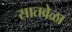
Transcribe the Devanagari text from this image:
सातवेळा